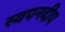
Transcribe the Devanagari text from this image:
स्वपनदीप